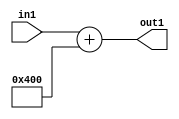
`timescale 1ps / 1ps
/*****************************************************************************
    Verilog RTL Description
    
    
    Created by: Stratus DpOpt 2019.1.01 
*******************************************************************************/

module SobelFilter_gen000001_4_0 (
	in1,
	out1
	); /* architecture "behavioural" */ 
input [8:0] in1;
output [11:0] out1;
wire [11:0] asc001;

assign asc001 = 
	+(in1)
	+(12'B010000000000);

assign out1 = asc001;
endmodule

/* CADENCE  urj1Qwk= : u9/ySgnWtBlWxVPRXgAZ4Og= ** DO NOT EDIT THIS LINE ******/